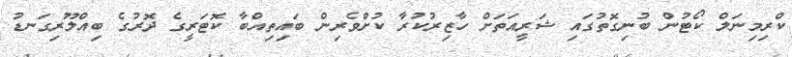
ކްރިމިނަލް ކޯޓުން ބުނިގޮތުގައި ޝަރީއަތަށް ހާޒިރުކުރާ ކުށްވެރިން ބައިތިއްބާ ކޮޓަރީގެ ދޮރުގެ ބިއްލޫރިގަނޑު